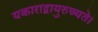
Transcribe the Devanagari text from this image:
यकाराद्वायुरुच्यते।